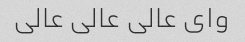
وای عالی عالی عالی